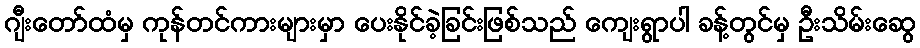
ဂျီးတော်ထံမှ ကုန်တင်ကားများမှာ ပေးနိုင်ခဲ့ခြင်းဖြစ်သည် ကျေးရွာပါ ခန့်တွင်မှ ဦးသိမ်းဆွေ